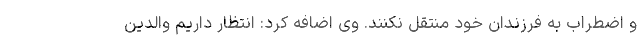
و اضطراب به فرزندان خود منتقل نکنند. وی اضافه کرد: انتظار داریم والدین